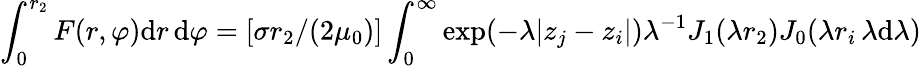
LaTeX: \int_{0}^{r_{2}}F(r,\varphi)\mathrm{d}r\, \mathrm{d}\varphi=[\sigma r_{2}/(2\mu_{0})]\int_{0}^{\infty}\exp(-\lambda|z_{j}-z_{i}|)\lambda^{-1}J_{1}(\lambda r_{2})J_{0}(\lambda r_{i}\, \lambda\mathrm{d}\lambda)